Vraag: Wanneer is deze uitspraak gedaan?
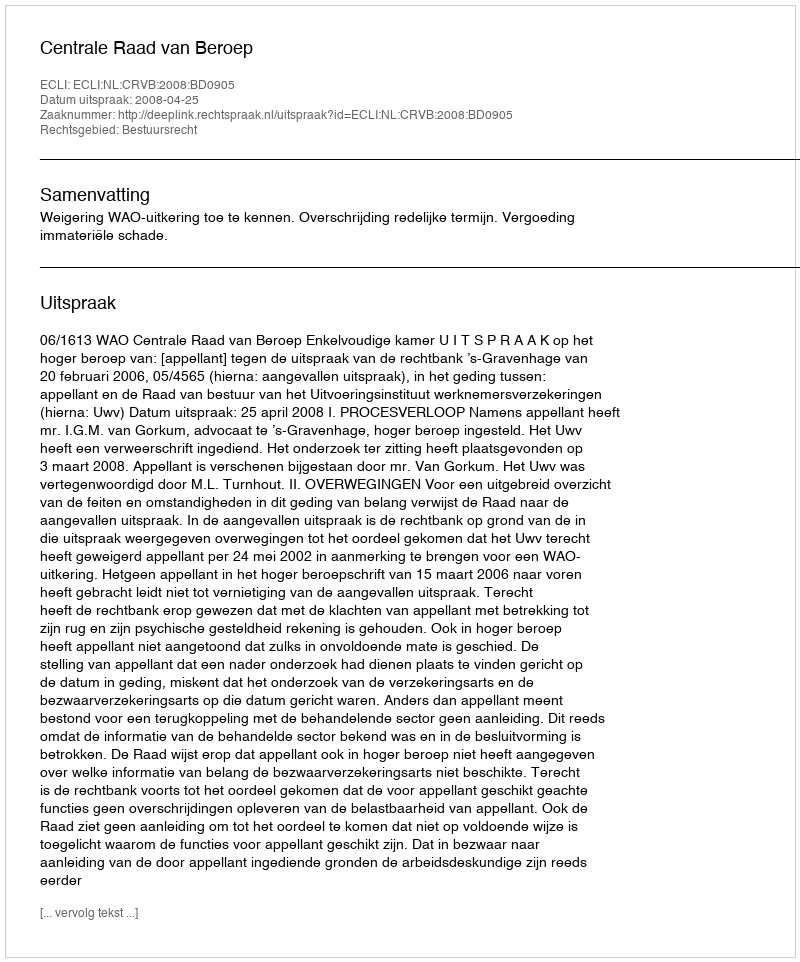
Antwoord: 2008-04-25